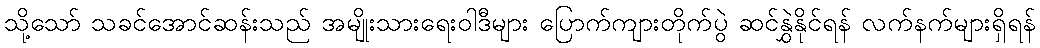
သို့သော် သခင်အောင်ဆန်းသည် အမျိုးသားရေးဝါဒီများ ပြောက်ကျားတိုက်ပွဲ ဆင်နွှဲနိုင်ရန် လက်နက်များရှိရန်